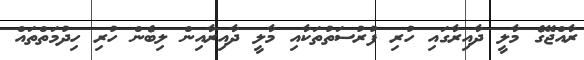
ރާއްޖޭގެ މާލީ ދާއިރާގައި ހުރި ފުރުސަތުތަކާއި މާލީ ދާއިރާއިން ލިބެން ހުރި ހިދުމަތްތައް